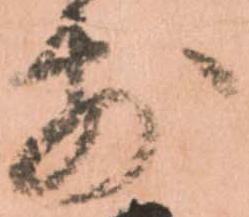
前